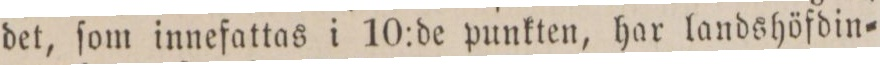
det, ſom innefattas i 10:de punkten, har landshöfdin=